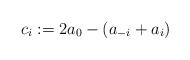
LaTeX: \begin{align*}c_i := 2a_0 - (a_{-i}+a_i)\end{align*}